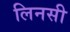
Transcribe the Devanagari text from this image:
लिनसी